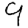
Digit: 9